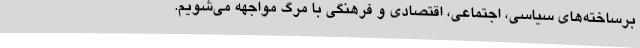
برساخته‌های سیاسی، اجتماعی، اقتصادی و فرهنگی با مرگ مواجهه می‌شویم.